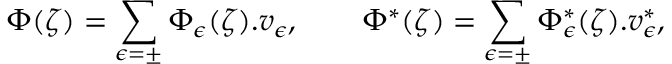
\Phi ( \zeta ) = \sum _ { \epsilon = \pm } \Phi _ { \epsilon } ( \zeta ) . v _ { \epsilon } , \qquad \Phi ^ { * } ( \zeta ) = \sum _ { \epsilon = \pm } \Phi _ { \epsilon } ^ { * } ( \zeta ) . v _ { \epsilon } ^ { * } ,